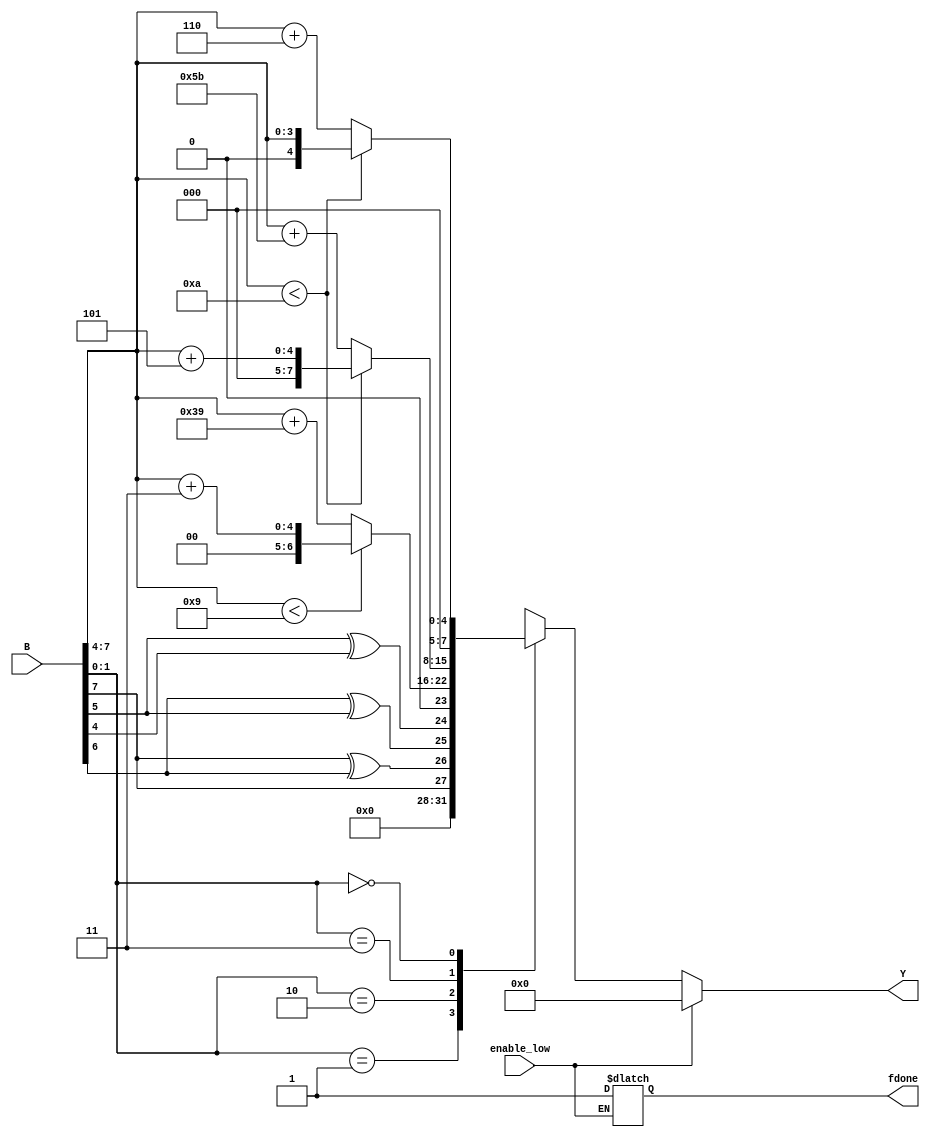
// Code your design here
module codeconvertor(output reg  [7:0]Y,output reg fdone,input [7:0]B,input enable_low);
wire [3:0]w1;
assign w1={B[7],B[6],B[5],B[4]};
wire [1:0]w2;
assign w2={B[1],B[0]};
  always@(*)
    begin 
    	if(enable_low==0)
	 begin
    		case(w2)  // b1 b0  from vector b  as selction lines
      			2'b01:begin Y=binarytogray(w1); fdone=1'b1 ; end		 // binary to gray performed here for opcode 00
	    		2'b10:begin Y=binarytoxs3(w1);  fdone=1'b1  ; end 		// binary to xs-3  done here for opcode 10
		      	2'b11:begin Y=binarytoxs5(w1); fdone=1'b1   ; end 		// binary to xs-5  done here for opcode 11
      			2'b00:begin Y=binarytobcd(w1);  fdone=1'b1  ; end 		// binary to BCD  done here for opcode 00
			default : begin Y=8'b0; end      
    		endcase
   	 end
    	else
		 begin
			Y=8'b0;
		end
  	  end
// functions 
	function [3:0]binarytogray;                                    //binary to gray block 		
	input [3:0]B;
	begin
	binarytogray={B[3],B[3]^B[2],B[2]^B[1],B[1]^B[0]};
	end
	endfunction
			function [7:0]binarytoxs3;                                    //binary to xs 3 block 
			
			input [3:0]B;
							//		reg [4:0]tmp;

			begin
			if(B<9)
				begin
					binarytoxs3=B+8'd3;
 				end
				else
				begin
					binarytoxs3=B+8'd57;
				end
			
		
						 								   //   tmp=binarytobcd(B);
													//$display("temp=%b binary = %b",tmp,B);
														//	binarytoxs3=tmp+3'b011;
			end
			endfunction
	function [7:0]binarytoxs5;                                    //binary to xs 5 block 
			
	input [3:0]B;
    													   // reg	[4:0]tmp;
        begin	
										 //tmp=binarytobcd(B);

												//binarytoxs5=tmp+3'b101;
	if(B<10)
		begin
			binarytoxs5=B+8'd5;
 		end
		else
		begin
			binarytoxs5=B+8'd91;
		end
	end
	endfunction
			function [7:0]binarytobcd;                                    //binary to bcd block 
			
			input [3:0]B;
			begin
			binarytobcd=(B<4'b1010)?B:B+3'b110;
			end
			
			endfunction

endmodule